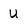
Character: u